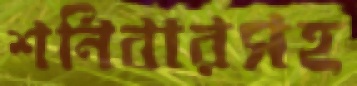
শনিবারসহ